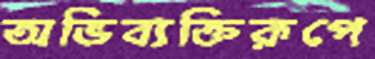
অভিব্যক্তিরূপে